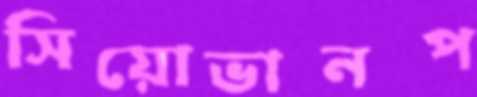
সিয়োভানপ